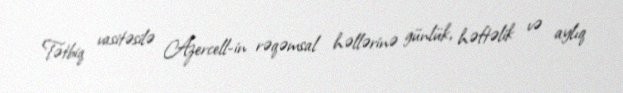
Tətbiq vasitəsilə Azercell-in rəqəmsal həllərinə günlük, həftəlik və aylıq